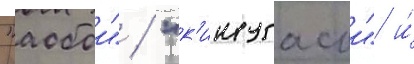
"аобои" / "к'инугасои" и́